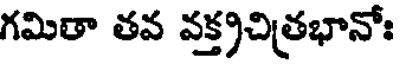
గమితా తవ వక్త్రచిత్రభానోః